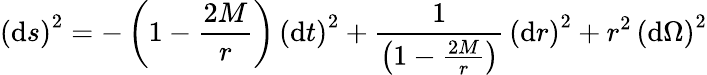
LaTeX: \left(\mathrm{d}s\right)^{2}=-\left(1-{\frac{2M}{r}}\right)\, \left(\mathrm{d}t\right)^{2}+{\frac{1}{\left(1-{\frac{2M}{r}}\right)}}\, \left(\mathrm{d}r\right)^{2}+r^{2}\, \left(\mathrm{d}\Omega\right)^{2}